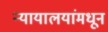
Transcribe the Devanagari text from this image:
न्यायालयांमधून